画像に写った文字を読んでください
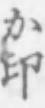
「か印」と書いてあります